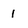
Character: 1